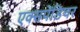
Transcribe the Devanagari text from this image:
एक्‍सपेंडिचर